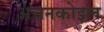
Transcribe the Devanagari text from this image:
अचनकोइल